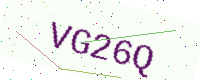
Text: VG26Q